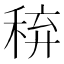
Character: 𥟋